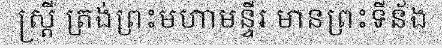
ស្ត្រី ត្រង់ព្រះមហាមន្ទីរ មានព្រះទីន័ង